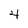
Character: 4